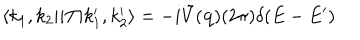
LaTeX: \langle k _ { 1 } , k _ { 2 } | i T | k _ { 1 } ^ { \prime } , k _ { 2 } ^ { \prime } \rangle = - i \tilde { V } ( { \bf q } ) ( 2 \pi ) \delta ( E - E ^ { \prime } )